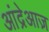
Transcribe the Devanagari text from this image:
आंद्रेआज़